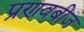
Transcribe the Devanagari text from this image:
प्रणवबीज